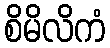
စိမိလိကံ